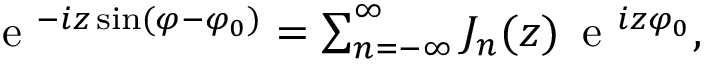
\begin{array} { r } { \mathrm { ~ e ~ } ^ { - i z \sin ( \varphi - \varphi _ { 0 } ) } = \sum _ { n = - \infty } ^ { \infty } J _ { n } ( z ) \, \mathrm { ~ e ~ } ^ { i z \varphi _ { 0 } } , } \end{array}